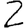
Digit: 2